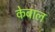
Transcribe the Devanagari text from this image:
केबाल